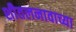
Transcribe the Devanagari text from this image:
शीतलनावाच्या